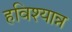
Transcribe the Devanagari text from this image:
हविश्यान्न